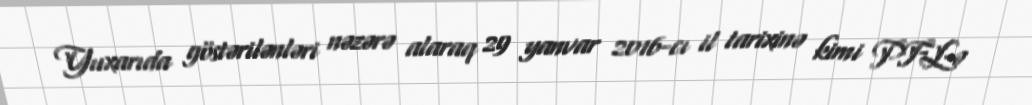
Yuxarıda göstərilənləri nəzərə alaraq 29 yanvar 2016-cı il tarixinə kimi PFL-ə